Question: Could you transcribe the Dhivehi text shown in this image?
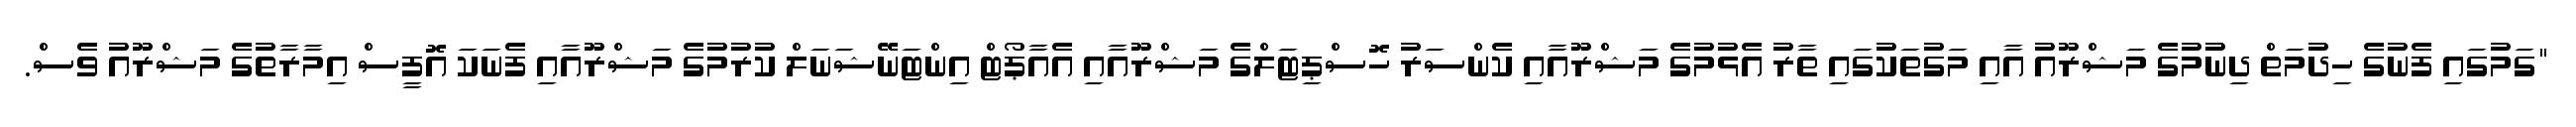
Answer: "ގަމުގައި ފެނުގެ ހިދުމަތް ދިނުމުގެ މަޝްރޫއު އާއި މަގުތަކުގައި ތާރު އެޅުމުގެ މަޝްރޫއާއި ކެންސަރު ހޮސްޕިޓަލްގެ މަޝްރޫއާއި އެއާޕޯޓް އިންޓަނޭޝަނަލް ކުރުމުގެ މަޝްރޫއާއި ފެނަކަ އޮފީސް އިމާރާތުގެ މަޝްރޫއު ވެސް.